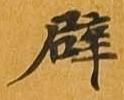
辟